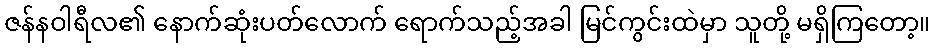
ဇန်နဝါရီလ၏ နောက်ဆုံးပတ်လောက် ရောက်သည့်အခါ မြင်ကွင်းထဲမှာ သူတို့ မရှိကြတော့။